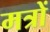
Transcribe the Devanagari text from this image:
मत्रों